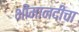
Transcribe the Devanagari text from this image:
भीमानदीचा